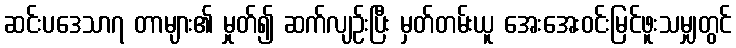
ဆင်းပဒေသာ၇ တာများ၏ မှုတ်၍ ဆက်လျဉ်းပြီး မှတ်တမ်းယူ အေးအေးဝင်းမြင်ဖူးသမျှတွင်